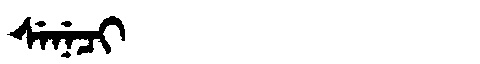
Manchu: ᠰᡝᠨᡝᠴᡳ
Romanization: SENECI